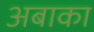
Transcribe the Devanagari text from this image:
अबाका